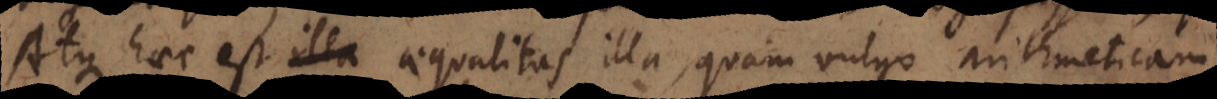
Atque haec est aequalitas illa, quam vulgo arithmeticam